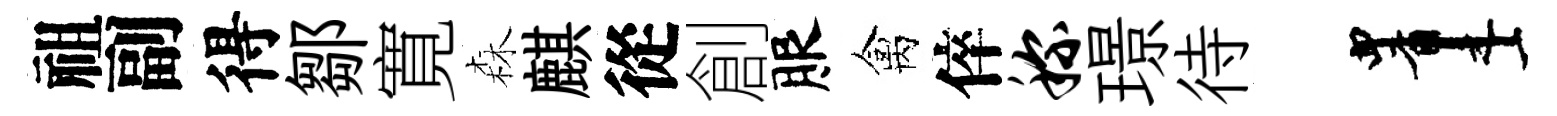
祖副得鄒寛森麒從創服禽倅称璟待画